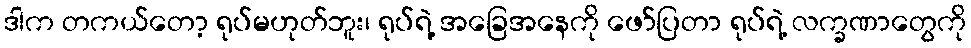
ဒါက တကယ်တော့ ရုပ်မဟုတ်ဘူး၊ ရုပ်ရဲ့ အခြေအနေကို ဖော်ပြတာ ရုပ်ရဲ့ လက္ခဏာတွေကို